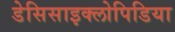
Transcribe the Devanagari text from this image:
डेसिसाइक्लोपिडिया